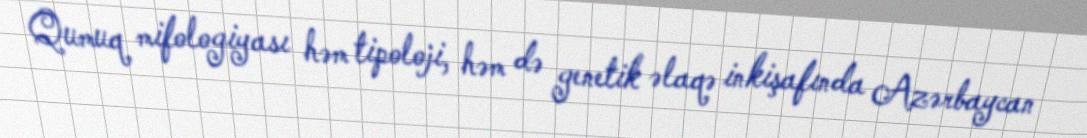
Qumuq mifologiyası həm tipoloji, həm də genetik əlaqə inkişafında Azərbaycan